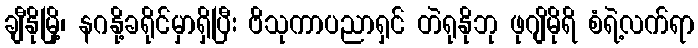
ချီနိုမြို့၊ နဂနို့ခရိုင်မှာရှိပြီး ဗိသုကာပညာရှင် တဲရုနိုဘု ဖုဂျိမိုရိ စံရဲ့လက်ရာ